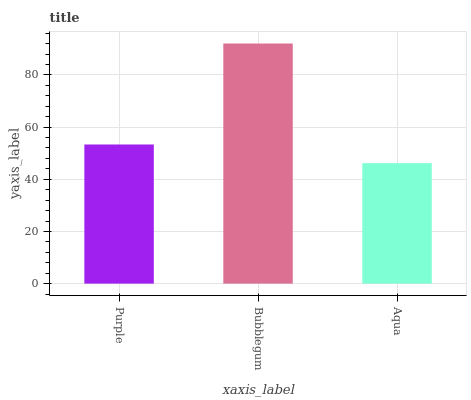
| xaxis_label | bars |
 | --- | --- |
 | Purple | 53.3 |
 | Bubblegum | 92 |
 | Aqua | 46.2 |